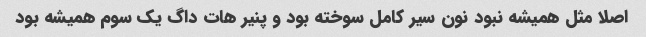
اصلا مثل همیشه نبود نون سیر کامل سوخته بود و پنیر هات داگ یک سوم همیشه بود